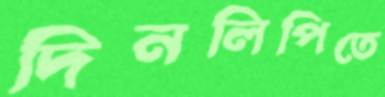
দিনলিপিতে